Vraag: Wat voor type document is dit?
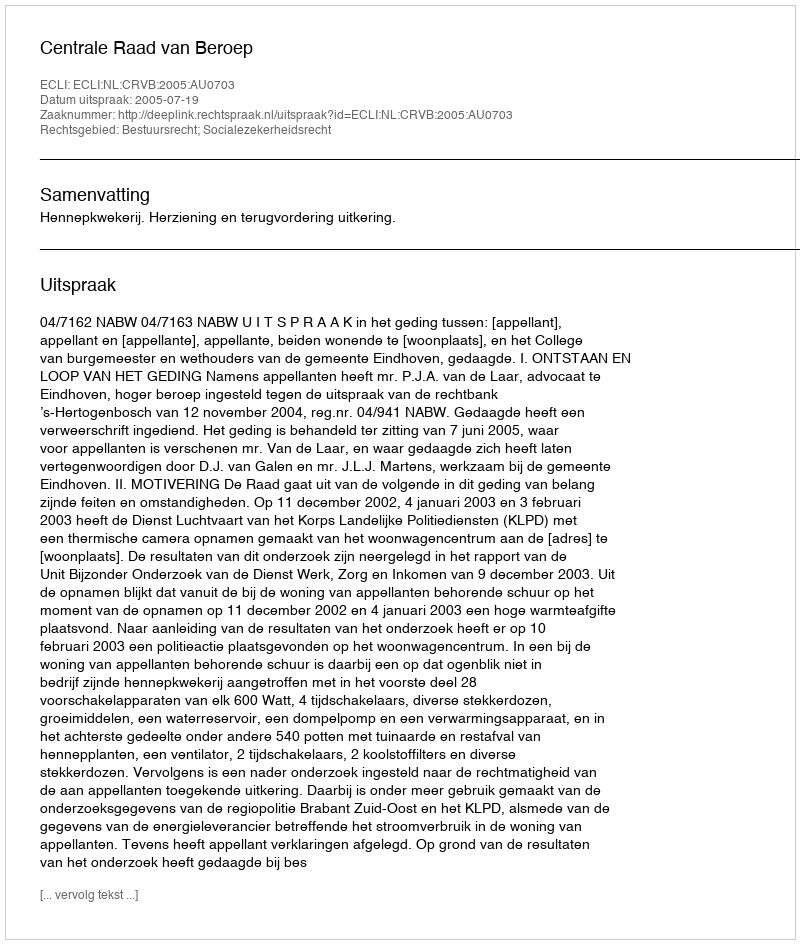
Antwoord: Uitspraak